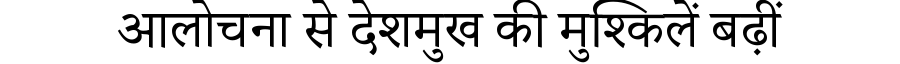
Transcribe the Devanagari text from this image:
आलोचना से देशमुख की मुश्किलें बढ़ीं